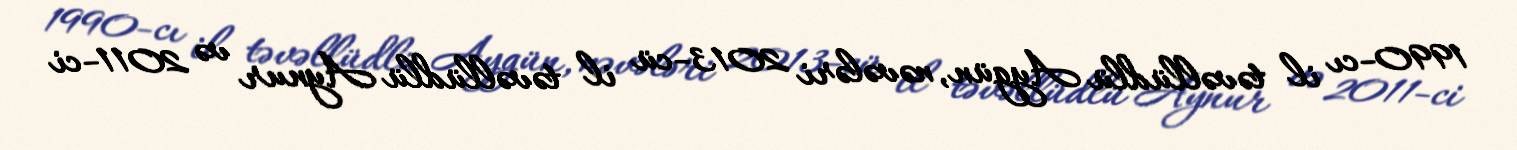
1990-cı il təvəllüdlü Aygün, nəvələri 2013-cü il təvəllüdlü Aynur və 2011-ci